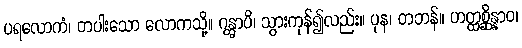
ပရလောကံ၊ တပါးသော လောကသို့။ ဂန္တွာပိ၊ သွားကုန်၍လည်း။ ပုန၊ တဘန်။ ဟတ္ထစ္ဆိန္နာဝ၊